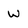
Character: W